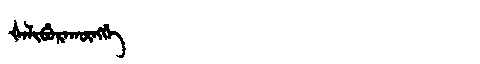
Manchu: ᡧᠠᠯᡳᠪᡠᡵᠠᡴᡡᠩᡤᡝ
Romanization: ŠALIBURAKŪNGGE